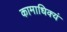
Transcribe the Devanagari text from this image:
कामाधिक्यं